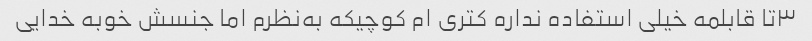
۳‌تا قابلمه خیلی استفاده نداره کتری ام کوچیکه به‌نظرم اما جنسش خوبه خدایی